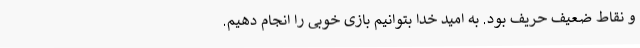
و نقاط ضعیف حریف بود. به امید خدا بتوانیم بازی خوبی را انجام دهیم.